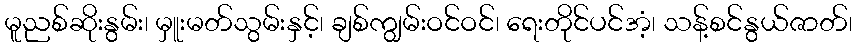
မူညစ်ဆိုးနွမ်း၊ မှူးမတ်သွမ်းနှင့်၊ ချစ်ကျွမ်းဝင်ဝင်၊ ရေးတိုင်ပင်အံ့၊ သန့်စင်နွယ်ဇာတ်၊